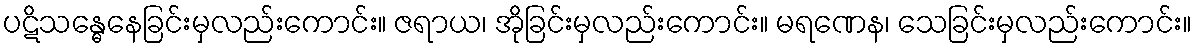
ပဋိသန္ဓေနေခြင်းမှလည်းကောင်း။ ဇရာယ၊ အိုခြင်းမှလည်းကောင်း။ မရဏေန၊ သေခြင်းမှလည်းကောင်း။